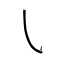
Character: ㇂